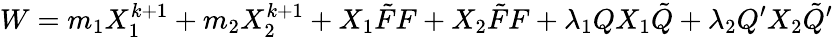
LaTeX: W=m_{1}X_{1}^{k+1}+m_{2}X_{2}^{k+1}+X_{1}\tilde{F}F+X_{2}\tilde{F}F+\lambda_{1}QX_{1}\tilde{Q}+\lambda_{2}Q^{\prime}X_{2}\tilde{Q}^{\prime}